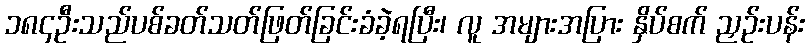
၁၈၄ဦးသည်ပစ်ခတ်သတ်ဖြတ်ခြင်းခံခဲ့ရပြီး၊ လူ အများအပြား နှိပ်စက် ညှဉ်းပန်း